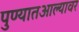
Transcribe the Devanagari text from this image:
पुण्यातआल्यावर